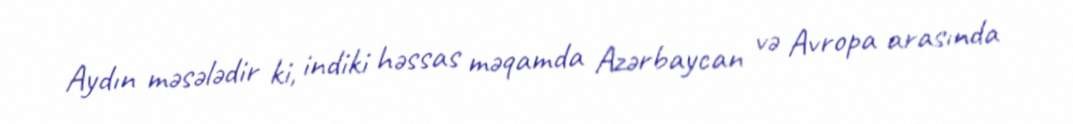
Aydın məsələdir ki, indiki həssas məqamda Azərbaycan və Avropa arasında